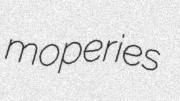
moperies